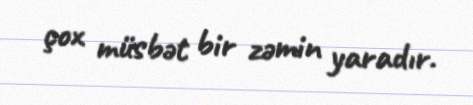
çox müsbət bir zəmin yaradır.